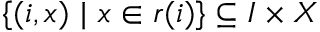
\{ ( i , x ) ~ | ~ x \in r ( i ) \} \subseteq I \times X